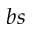
b s